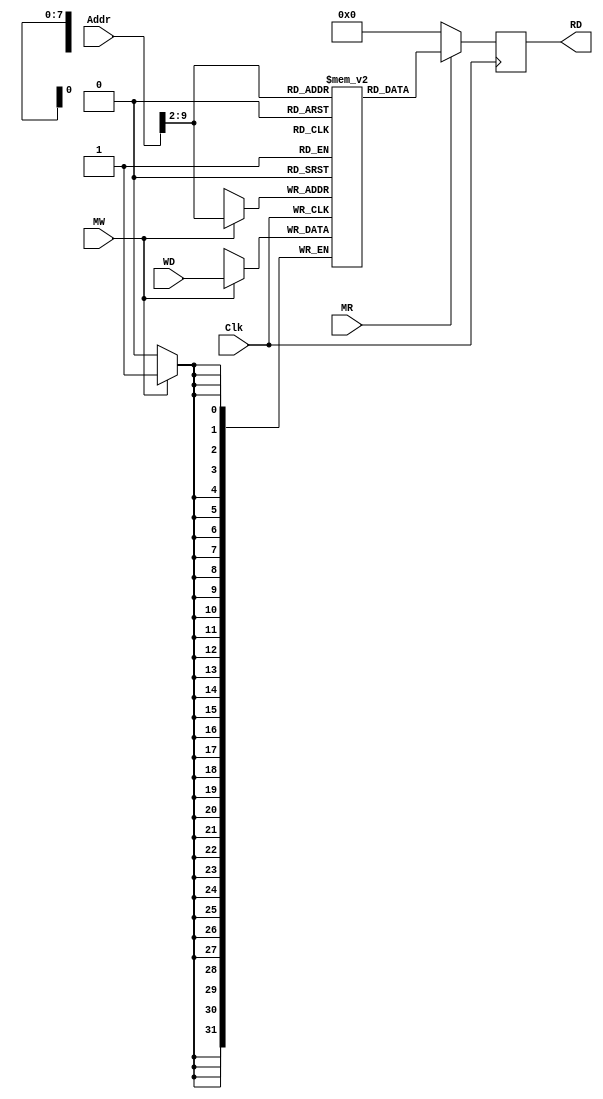

module DataMemory (MR, MW, Addr, WD, Clk, RD//,
// memOut0,memOut1,memOut2,memOut3,memOut4,memOut5,memOut6,memOut7,
// memOut8,memOut9,memOut10,memOut11,memOut12,memOut13,memOut14,memOut15,
// memOut16,memOut17,memOut18,memOut19,memOut20,memOut21,memOut22,memOut23,
// memOut24,memOut25,memOut26,memOut27,memOut28,memOut29,memOut30,memOut31,
// memOut32,memOut33,memOut34,memOut35,memOut36,memOut37,memOut38,memOut39,
// memOut40,memOut41,memOut42,memOut43,memOut44,memOut45,memOut46,memOut47,
// memOut48,memOut49,memOut50,memOut51,memOut52,memOut53,memOut54,memOut55,
// memOut56,memOut57,memOut58,memOut59,memOut60,memOut61,memOut62,memOut63,
// memOut64,memOut65,memOut66,memOut67,memOut68,memOut69,memOut70,memOut71,
// memOut72,memOut73,memOut74,memOut75,memOut76,memOut77,memOut78,memOut79,
// memOut80,memOut81,memOut82,memOut83,memOut84,memOut85,memOut86,memOut87,
// memOut88,memOut89,memOut90,memOut91,memOut92,memOut93,memOut94,memOut95,
// memOut96,memOut97,memOut98,memOut99,memOut100,memOut101,memOut102,
// memOut103,memOut104,memOut105,memOut106,memOut107,memOut108,memOut109,
// memOut110,memOut111,memOut112,memOut113,memOut114,memOut115,memOut116,
// memOut117,memOut118,memOut119,memOut120,memOut121,memOut122,memOut123,
// memOut124,memOut125,memOut126,memOut127,memOut128,memOut129,memOut130,
// memOut131,memOut132,memOut133,memOut134,memOut135,memOut136,memOut137,
// memOut138,memOut139,memOut140,memOut141,memOut142,memOut143,memOut144,
// memOut145,memOut146,memOut147,memOut148,memOut149,memOut150,memOut151,
// memOut152,memOut153,memOut154,memOut155,memOut156,memOut157,memOut158,
// memOut159,memOut160,memOut161,memOut162,memOut163,memOut164,memOut165,
// memOut166,memOut167,memOut168,memOut169,memOut170,memOut171,memOut172,
// memOut173,memOut174,memOut175,memOut176,memOut177,memOut178,memOut179,
// memOut180,memOut181,memOut182,memOut183,memOut184,memOut185,memOut186,
// memOut187,memOut188,memOut189,memOut190,memOut191,memOut192,memOut193,
// memOut194,memOut195,memOut196,memOut197,memOut198,memOut199,memOut200,
// memOut201,memOut202,memOut203,memOut204,memOut205,memOut206,memOut207,
// memOut208,memOut209,memOut210,memOut211,memOut212,memOut213,memOut214,
// memOut215,memOut216,memOut217,memOut218,memOut219,memOut220,memOut221,
// memOut222,memOut223,memOut224,memOut225,memOut226,memOut227,memOut228,
// memOut229,memOut230,memOut231,memOut232,memOut233,memOut234,memOut235,
// memOut236,memOut237,memOut238,memOut239,memOut240,memOut241,memOut242,
// memOut243,memOut244,memOut245,memOut246,memOut247,memOut248,memOut249,
// memOut250,memOut251,memOut252,memOut253,memOut254,memOut255
);

input MR, MW;  // MemRead, MemWrite
input [31:0] Addr;  // memory address
input [31:0] WD;  // memory address contents
input Clk;
output reg [31:0] RD;  // output of memory address contents

reg [31:0] MEM[0:255];  // 256 words of 32-bit memory

// output [31:0] memOut0; output [31:0] memOut1; output [31:0] memOut2; output [31:0] memOut3;
// output [31:0] memOut4; output [31:0] memOut5; output [31:0] memOut6; output [31:0] memOut7;
// output [31:0] memOut8; output [31:0] memOut9; output [31:0] memOut10; output [31:0] memOut11;
// output [31:0] memOut12; output [31:0] memOut13; output [31:0] memOut14; output [31:0] memOut15;
// output [31:0] memOut16; output [31:0] memOut17; output [31:0] memOut18; output [31:0] memOut19;
// output [31:0] memOut20; output [31:0] memOut21; output [31:0] memOut22; output [31:0] memOut23;
// output [31:0] memOut24; output [31:0] memOut25; output [31:0] memOut26; output [31:0] memOut27;
// output [31:0] memOut28; output [31:0] memOut29; output [31:0] memOut30; output [31:0] memOut31;
// output [31:0] memOut32; output [31:0] memOut33; output [31:0] memOut34; output [31:0] memOut35;
// output [31:0] memOut36; output [31:0] memOut37; output [31:0] memOut38; output [31:0] memOut39;
// output [31:0] memOut40; output [31:0] memOut41; output [31:0] memOut42; output [31:0] memOut43;
// output [31:0] memOut44; output [31:0] memOut45; output [31:0] memOut46; output [31:0] memOut47;
// output [31:0] memOut48; output [31:0] memOut49; output [31:0] memOut50; output [31:0] memOut51;
// output [31:0] memOut52; output [31:0] memOut53; output [31:0] memOut54; output [31:0] memOut55;
// output [31:0] memOut56; output [31:0] memOut57; output [31:0] memOut58; output [31:0] memOut59;
// output [31:0] memOut60; output [31:0] memOut61; output [31:0] memOut62; output [31:0] memOut63;
// output [31:0] memOut64; output [31:0] memOut65; output [31:0] memOut66; output [31:0] memOut67;
// output [31:0] memOut68; output [31:0] memOut69; output [31:0] memOut70; output [31:0] memOut71;
// output [31:0] memOut72; output [31:0] memOut73; output [31:0] memOut74; output [31:0] memOut75;
// output [31:0] memOut76; output [31:0] memOut77; output [31:0] memOut78; output [31:0] memOut79;
// output [31:0] memOut80; output [31:0] memOut81; output [31:0] memOut82; output [31:0] memOut83;
// output [31:0] memOut84; output [31:0] memOut85; output [31:0] memOut86; output [31:0] memOut87;
// output [31:0] memOut88; output [31:0] memOut89; output [31:0] memOut90; output [31:0] memOut91;
// output [31:0] memOut92; output [31:0] memOut93; output [31:0] memOut94; output [31:0] memOut95;
// output [31:0] memOut96; output [31:0] memOut97; output [31:0] memOut98; output [31:0] memOut99;
// output [31:0] memOut100; output [31:0] memOut101; output [31:0] memOut102; output [31:0] memOut103;
// output [31:0] memOut104; output [31:0] memOut105; output [31:0] memOut106; output [31:0] memOut107;
// output [31:0] memOut108; output [31:0] memOut109; output [31:0] memOut110; output [31:0] memOut111;
// output [31:0] memOut112; output [31:0] memOut113; output [31:0] memOut114; output [31:0] memOut115;
// output [31:0] memOut116; output [31:0] memOut117; output [31:0] memOut118; output [31:0] memOut119;
// output [31:0] memOut120; output [31:0] memOut121; output [31:0] memOut122; output [31:0] memOut123;
// output [31:0] memOut124; output [31:0] memOut125; output [31:0] memOut126; output [31:0] memOut127;
// output [31:0] memOut128; output [31:0] memOut129; output [31:0] memOut130; output [31:0] memOut131;
// output [31:0] memOut132; output [31:0] memOut133; output [31:0] memOut134; output [31:0] memOut135;
// output [31:0] memOut136; output [31:0] memOut137; output [31:0] memOut138; output [31:0] memOut139;
// output [31:0] memOut140; output [31:0] memOut141; output [31:0] memOut142; output [31:0] memOut143;
// output [31:0] memOut144; output [31:0] memOut145; output [31:0] memOut146; output [31:0] memOut147;
// output [31:0] memOut148; output [31:0] memOut149; output [31:0] memOut150; output [31:0] memOut151;
// output [31:0] memOut152; output [31:0] memOut153; output [31:0] memOut154; output [31:0] memOut155;
// output [31:0] memOut156; output [31:0] memOut157; output [31:0] memOut158; output [31:0] memOut159;
// output [31:0] memOut160; output [31:0] memOut161; output [31:0] memOut162; output [31:0] memOut163;
// output [31:0] memOut164; output [31:0] memOut165; output [31:0] memOut166; output [31:0] memOut167;
// output [31:0] memOut168; output [31:0] memOut169; output [31:0] memOut170; output [31:0] memOut171;
// output [31:0] memOut172; output [31:0] memOut173; output [31:0] memOut174; output [31:0] memOut175;
// output [31:0] memOut176; output [31:0] memOut177; output [31:0] memOut178; output [31:0] memOut179;
// output [31:0] memOut180; output [31:0] memOut181; output [31:0] memOut182; output [31:0] memOut183;
// output [31:0] memOut184; output [31:0] memOut185; output [31:0] memOut186; output [31:0] memOut187;
// output [31:0] memOut188; output [31:0] memOut189; output [31:0] memOut190; output [31:0] memOut191;
// output [31:0] memOut192; output [31:0] memOut193; output [31:0] memOut194; output [31:0] memOut195;
// output [31:0] memOut196; output [31:0] memOut197; output [31:0] memOut198; output [31:0] memOut199;
// output [31:0] memOut200; output [31:0] memOut201; output [31:0] memOut202; output [31:0] memOut203;
// output [31:0] memOut204; output [31:0] memOut205; output [31:0] memOut206; output [31:0] memOut207;
// output [31:0] memOut208; output [31:0] memOut209; output [31:0] memOut210; output [31:0] memOut211;
// output [31:0] memOut212; output [31:0] memOut213; output [31:0] memOut214; output [31:0] memOut215;
// output [31:0] memOut216; output [31:0] memOut217; output [31:0] memOut218; output [31:0] memOut219;
// output [31:0] memOut220; output [31:0] memOut221; output [31:0] memOut222; output [31:0] memOut223;
// output [31:0] memOut224; output [31:0] memOut225; output [31:0] memOut226; output [31:0] memOut227;
// output [31:0] memOut228; output [31:0] memOut229; output [31:0] memOut230; output [31:0] memOut231;
// output [31:0] memOut232; output [31:0] memOut233; output [31:0] memOut234; output [31:0] memOut235;
// output [31:0] memOut236; output [31:0] memOut237; output [31:0] memOut238; output [31:0] memOut239;
// output [31:0] memOut240; output [31:0] memOut241; output [31:0] memOut242; output [31:0] memOut243;
// output [31:0] memOut244; output [31:0] memOut245; output [31:0] memOut246; output [31:0] memOut247;
// output [31:0] memOut248; output [31:0] memOut249; output [31:0] memOut250; output [31:0] memOut251;
// output [31:0] memOut252; output [31:0] memOut253; output [31:0] memOut254; output [31:0] memOut255;
//
// assign memOut0 = MEM[0]; assign memOut1 = MEM[1]; assign memOut2 = MEM[2]; assign memOut3 = MEM[3];
// assign memOut4 = MEM[4]; assign memOut5 = MEM[5]; assign memOut6 = MEM[6]; assign memOut7 = MEM[7];
// assign memOut8 = MEM[8]; assign memOut9 = MEM[9]; assign memOut10 = MEM[10]; assign memOut11 = MEM[11];
// assign memOut12 = MEM[12]; assign memOut13 = MEM[13]; assign memOut14 = MEM[14]; assign memOut15 = MEM[15];
// assign memOut16 = MEM[16]; assign memOut17 = MEM[17]; assign memOut18 = MEM[18]; assign memOut19 = MEM[19];
// assign memOut20 = MEM[20]; assign memOut21 = MEM[21]; assign memOut22 = MEM[22]; assign memOut23 = MEM[23];
// assign memOut24 = MEM[24]; assign memOut25 = MEM[25]; assign memOut26 = MEM[26]; assign memOut27 = MEM[27];
// assign memOut28 = MEM[28]; assign memOut29 = MEM[29]; assign memOut30 = MEM[30]; assign memOut31 = MEM[31];
// assign memOut32 = MEM[32]; assign memOut33 = MEM[33]; assign memOut34 = MEM[34]; assign memOut35 = MEM[35];
// assign memOut36 = MEM[36]; assign memOut37 = MEM[37]; assign memOut38 = MEM[38]; assign memOut39 = MEM[39];
// assign memOut40 = MEM[40]; assign memOut41 = MEM[41]; assign memOut42 = MEM[42]; assign memOut43 = MEM[43];
// assign memOut44 = MEM[44]; assign memOut45 = MEM[45]; assign memOut46 = MEM[46]; assign memOut47 = MEM[47];
// assign memOut48 = MEM[48]; assign memOut49 = MEM[49]; assign memOut50 = MEM[50]; assign memOut51 = MEM[51];
// assign memOut52 = MEM[52]; assign memOut53 = MEM[53]; assign memOut54 = MEM[54]; assign memOut55 = MEM[55];
// assign memOut56 = MEM[56]; assign memOut57 = MEM[57]; assign memOut58 = MEM[58]; assign memOut59 = MEM[59];
// assign memOut60 = MEM[60]; assign memOut61 = MEM[61]; assign memOut62 = MEM[62]; assign memOut63 = MEM[63];
// assign memOut64 = MEM[64]; assign memOut65 = MEM[65]; assign memOut66 = MEM[66]; assign memOut67 = MEM[67];
// assign memOut68 = MEM[68]; assign memOut69 = MEM[69]; assign memOut70 = MEM[70]; assign memOut71 = MEM[71];
// assign memOut72 = MEM[72]; assign memOut73 = MEM[73]; assign memOut74 = MEM[74]; assign memOut75 = MEM[75];
// assign memOut76 = MEM[76]; assign memOut77 = MEM[77]; assign memOut78 = MEM[78]; assign memOut79 = MEM[79];
// assign memOut80 = MEM[80]; assign memOut81 = MEM[81]; assign memOut82 = MEM[82]; assign memOut83 = MEM[83];
// assign memOut84 = MEM[84]; assign memOut85 = MEM[85]; assign memOut86 = MEM[86]; assign memOut87 = MEM[87];
// assign memOut88 = MEM[88]; assign memOut89 = MEM[89]; assign memOut90 = MEM[90]; assign memOut91 = MEM[91];
// assign memOut92 = MEM[92]; assign memOut93 = MEM[93]; assign memOut94 = MEM[94]; assign memOut95 = MEM[95];
// assign memOut96 = MEM[96]; assign memOut97 = MEM[97]; assign memOut98 = MEM[98]; assign memOut99 = MEM[99];
// assign memOut100 = MEM[100]; assign memOut101 = MEM[101]; assign memOut102 = MEM[102]; assign memOut103 = MEM[103];
// assign memOut104 = MEM[104]; assign memOut105 = MEM[105]; assign memOut106 = MEM[106]; assign memOut107 = MEM[107];
// assign memOut108 = MEM[108]; assign memOut109 = MEM[109]; assign memOut110 = MEM[110]; assign memOut111 = MEM[111];
// assign memOut112 = MEM[112]; assign memOut113 = MEM[113]; assign memOut114 = MEM[114]; assign memOut115 = MEM[115];
// assign memOut116 = MEM[116]; assign memOut117 = MEM[117]; assign memOut118 = MEM[118]; assign memOut119 = MEM[119];
// assign memOut120 = MEM[120]; assign memOut121 = MEM[121]; assign memOut122 = MEM[122]; assign memOut123 = MEM[123];
// assign memOut124 = MEM[124]; assign memOut125 = MEM[125]; assign memOut126 = MEM[126]; assign memOut127 = MEM[127];
// assign memOut128 = MEM[128]; assign memOut129 = MEM[129]; assign memOut130 = MEM[130]; assign memOut131 = MEM[131];
// assign memOut132 = MEM[132]; assign memOut133 = MEM[133]; assign memOut134 = MEM[134]; assign memOut135 = MEM[135];
// assign memOut136 = MEM[136]; assign memOut137 = MEM[137]; assign memOut138 = MEM[138]; assign memOut139 = MEM[139];
// assign memOut140 = MEM[140]; assign memOut141 = MEM[141]; assign memOut142 = MEM[142]; assign memOut143 = MEM[143];
// assign memOut144 = MEM[144]; assign memOut145 = MEM[145]; assign memOut146 = MEM[146]; assign memOut147 = MEM[147];
// assign memOut148 = MEM[148]; assign memOut149 = MEM[149]; assign memOut150 = MEM[150]; assign memOut151 = MEM[151];
// assign memOut152 = MEM[152]; assign memOut153 = MEM[153]; assign memOut154 = MEM[154]; assign memOut155 = MEM[155];
// assign memOut156 = MEM[156]; assign memOut157 = MEM[157]; assign memOut158 = MEM[158]; assign memOut159 = MEM[159];
// assign memOut160 = MEM[160]; assign memOut161 = MEM[161]; assign memOut162 = MEM[162]; assign memOut163 = MEM[163];
// assign memOut164 = MEM[164]; assign memOut165 = MEM[165]; assign memOut166 = MEM[166]; assign memOut167 = MEM[167];
// assign memOut168 = MEM[168]; assign memOut169 = MEM[169]; assign memOut170 = MEM[170]; assign memOut171 = MEM[171];
// assign memOut172 = MEM[172]; assign memOut173 = MEM[173]; assign memOut174 = MEM[174]; assign memOut175 = MEM[175];
// assign memOut176 = MEM[176]; assign memOut177 = MEM[177]; assign memOut178 = MEM[178]; assign memOut179 = MEM[179];
// assign memOut180 = MEM[180]; assign memOut181 = MEM[181]; assign memOut182 = MEM[182]; assign memOut183 = MEM[183];
// assign memOut184 = MEM[184]; assign memOut185 = MEM[185]; assign memOut186 = MEM[186]; assign memOut187 = MEM[187];
// assign memOut188 = MEM[188]; assign memOut189 = MEM[189]; assign memOut190 = MEM[190]; assign memOut191 = MEM[191];
// assign memOut192 = MEM[192]; assign memOut193 = MEM[193]; assign memOut194 = MEM[194]; assign memOut195 = MEM[195];
// assign memOut196 = MEM[196]; assign memOut197 = MEM[197]; assign memOut198 = MEM[198]; assign memOut199 = MEM[199];
// assign memOut200 = MEM[200]; assign memOut201 = MEM[201]; assign memOut202 = MEM[202]; assign memOut203 = MEM[203];
// assign memOut204 = MEM[204]; assign memOut205 = MEM[205]; assign memOut206 = MEM[206]; assign memOut207 = MEM[207];
// assign memOut208 = MEM[208]; assign memOut209 = MEM[209]; assign memOut210 = MEM[210]; assign memOut211 = MEM[211];
// assign memOut212 = MEM[212]; assign memOut213 = MEM[213]; assign memOut214 = MEM[214]; assign memOut215 = MEM[215];
// assign memOut216 = MEM[216]; assign memOut217 = MEM[217]; assign memOut218 = MEM[218]; assign memOut219 = MEM[219];
// assign memOut220 = MEM[220]; assign memOut221 = MEM[221]; assign memOut222 = MEM[222]; assign memOut223 = MEM[223];
// assign memOut224 = MEM[224]; assign memOut225 = MEM[225]; assign memOut226 = MEM[226]; assign memOut227 = MEM[227];
// assign memOut228 = MEM[228]; assign memOut229 = MEM[229]; assign memOut230 = MEM[230]; assign memOut231 = MEM[231];
// assign memOut232 = MEM[232]; assign memOut233 = MEM[233]; assign memOut234 = MEM[234]; assign memOut235 = MEM[235];
// assign memOut236 = MEM[236]; assign memOut237 = MEM[237]; assign memOut238 = MEM[238]; assign memOut239 = MEM[239];
// assign memOut240 = MEM[240]; assign memOut241 = MEM[241]; assign memOut242 = MEM[242]; assign memOut243 = MEM[243];
// assign memOut244 = MEM[244]; assign memOut245 = MEM[245]; assign memOut246 = MEM[246]; assign memOut247 = MEM[247];
// assign memOut248 = MEM[248]; assign memOut249 = MEM[249]; assign memOut250 = MEM[250]; assign memOut251 = MEM[251];
// assign memOut252 = MEM[252]; assign memOut253 = MEM[253]; assign memOut254 = MEM[254]; assign memOut255 = MEM[255];

integer i;

initial begin
  RD <= 0;
  for (i = 0; i < 256; i = i + 1) begin
    MEM[i] = 0;
  end
end

always @(posedge Clk) begin
  //if MemRead high, load memory value into register
  if (MR == 1'b1) begin
    RD <= MEM[Addr[9:2]];
  end
  else begin
    RD <= 0;
  end
  //if MemWrite high, write from register to memory
  if (MW == 1'b1) begin
    MEM[Addr[9:2]] <= WD;
  end
end

endmodule